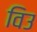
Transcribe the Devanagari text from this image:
विउ